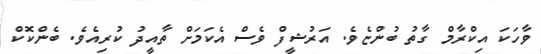
ވާހަކަ އިކްރާމް ގާތު ބުންޏެވެ. އަރުޝީފް ވެސް އެކަމަށް ތާއީދު ކުރިއެވެ. ބެންކޮކް